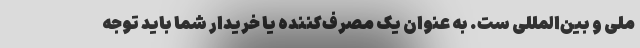
ملی و بین‌المللی ست. به عنوان یک مصرف‌کننده یا خریدار شما باید توجه